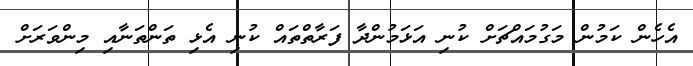
އެހެން ކަމުން މަގުމައްޗަށް ކުނި އަޅަމުންދާ ފަރާތްްތައް ކުނި އެޅި ތަންތަނާއި މިންވަރަށް